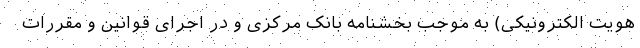
هویت الکترونیکی) به موجب بخشنامه بانک مرکزی و در اجرای قوانین و مقررات